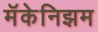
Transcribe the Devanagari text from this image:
मॅकेनिझम